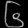
Digit: ၆